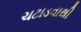
ચટાડવાથી